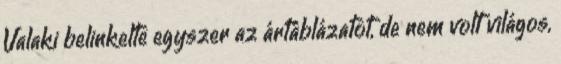
Valaki belinkelte egyszer az ártáblázatot, de nem volt világos,